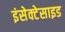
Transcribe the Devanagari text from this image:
इंसेक्टेसाइड